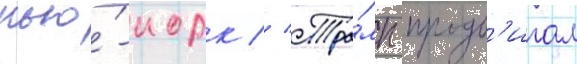
нью́-иорк // Тра́мп продв'игал